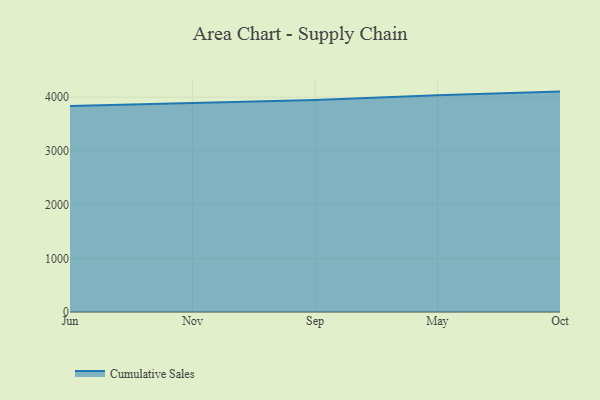
{"axis": {"x": "Month", "y": "Active Users"}, "legend": ["Cumulative Sales"], "data": [{"x": "Jun", "y": 3837.8, "type": "Cumulative Sales"}, {"x": "Nov", "y": 3889.8, "type": "Cumulative Sales"}, {"x": "Sep", "y": 3947.9, "type": "Cumulative Sales"}, {"x": "May", "y": 4037.7, "type": "Cumulative Sales"}, {"x": "Oct", "y": 4104.5, "type": "Cumulative Sales"}]}